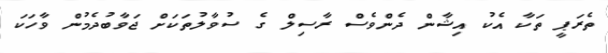
ތެރަޕީ ތަކާ އެކު އިޝާން ދެންވެސް ރާސިލް ގެ ސުވާލުތަކަށް ޖަވާބުދެމުން ވާހަކަ